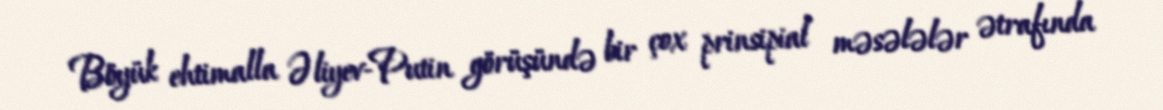
Böyük ehtimalla Əliyev-Putin görüşündə bir çox prinsipial məsələlər ətrafında